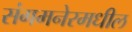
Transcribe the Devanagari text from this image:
संगमनेरमधील